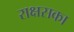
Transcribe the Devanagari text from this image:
राक्षसका